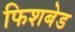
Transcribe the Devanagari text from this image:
फिशबेड